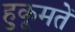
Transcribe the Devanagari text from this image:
हुकूमतें